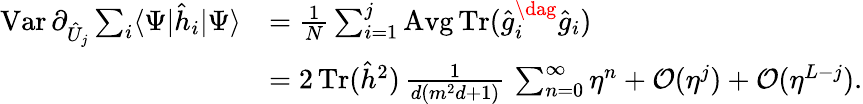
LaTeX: \begin{array}{rl}{\textstyle\operatorname{Var}\partial_{\hat{U}_{j}}\sum_{i}\langle\Psi|\hat{h}_{i}|\Psi\rangle}&{\textstyle=\frac{1}{N}\sum_{i=1}^{j}\operatorname{Avg}\operatorname{Tr}(\hat{g}_{i}^{\dag}\hat{g}_{i})}\\ &{\textstyle=2\operatorname{Tr}(\hat{h}^{2})\, \frac{1}{d(m^{2}d+1)}\, \sum_{n=0}^{\infty}\eta^{n}+\mathcal{O}(\eta^{j})+\mathcal{O}(\eta^{L-j}).}\end{array}